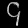
Digit: ၄